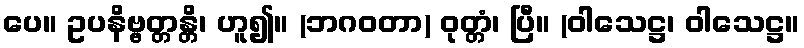
ပေ။ ဥပနိဗ္ဗတ္တန္တိ၊ ဟူ၍။ (ဘဂဝတာ) ဝုတ္တံ၊ ပြီ။ (ဝါသေဋ္ဌ၊ ဝါသေဋ္ဌ။